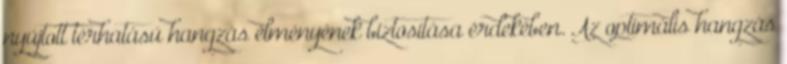
nyújtott térhatású hangzás élményének biztosítása érdekében. Az optimális hangzás